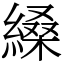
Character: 縔